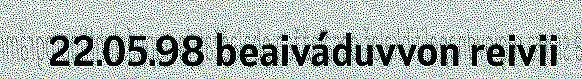
22.05.98 beaiváduvvon reivii